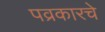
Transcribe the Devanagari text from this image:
पव्रकारचे